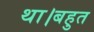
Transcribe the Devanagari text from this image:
था।बहुत